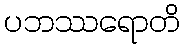
ပဘဿရောတိ